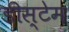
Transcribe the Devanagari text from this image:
डीस्टेम